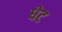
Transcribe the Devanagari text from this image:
धेट